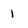
Character: 1